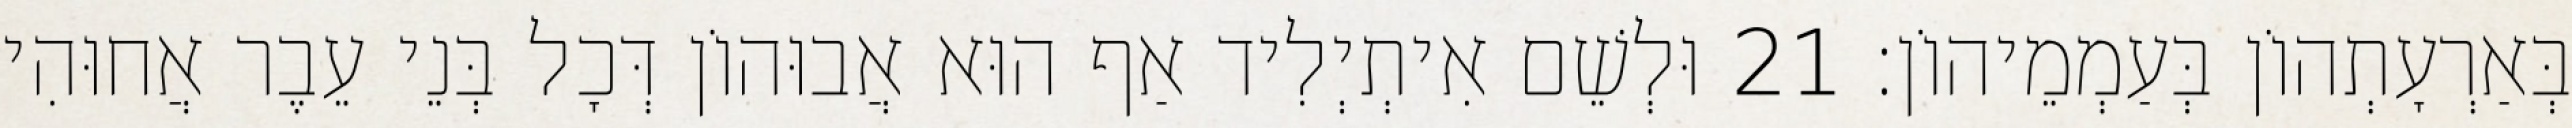
בְּאַרְעָתְהוֹן בְּעַמְמֵיהוֹן׃ 21 וּלְשֵׁם אִיתְיְלִיד אַף הוּא אֲבוּהוֹן דְּכָל בְּנֵי עֵבֶר אֲחוּהִי